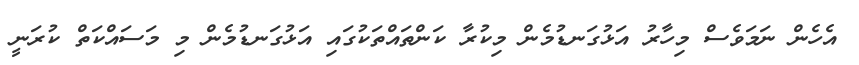
އެހެން ނަމަވެސް މިހާރު އަޅުގަނޑުމެން މިކުރާ ކަންތައްތަކުގައި އަޅުގަނޑުމެން މި މަސައްކަތް ކުރަނީ